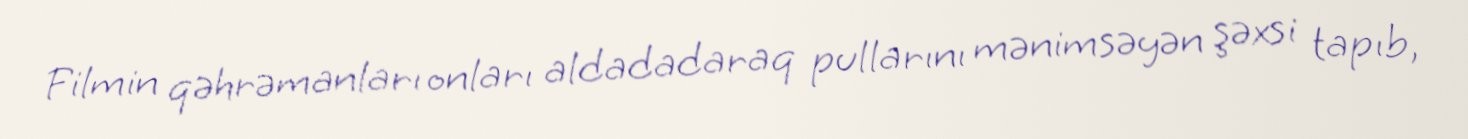
Filmin qəhrəmanları onları aldadadaraq pullarını mənimsəyən şəxsi tapıb,